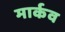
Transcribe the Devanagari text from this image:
मार्कव